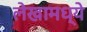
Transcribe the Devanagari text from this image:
लेखामध्येे